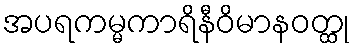
အပရကမ္မကာရိနီဝိမာနဝတ္ထု